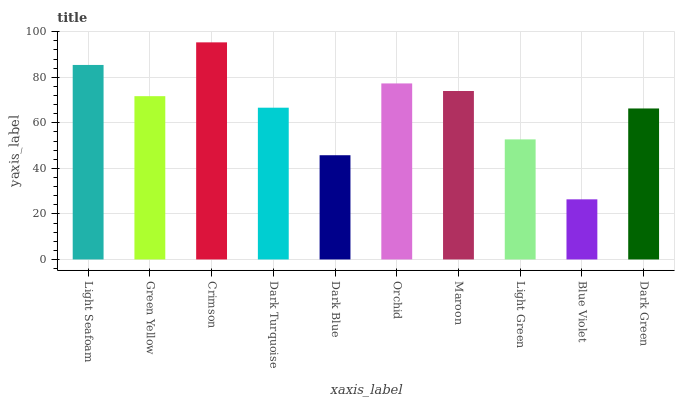
| xaxis_label | bars |
 | --- | --- |
 | Light Seafoam | 85.4 |
 | Green Yellow | 71.7 |
 | Crimson | 95.4 |
 | Dark Turquoise | 66.7 |
 | Dark Blue | 45.8 |
 | Orchid | 77.3 |
 | Maroon | 74 |
 | Light Green | 52.7 |
 | Blue Violet | 26.4 |
 | Dark Green | 66.3 |